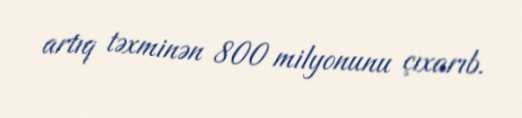
artıq təxminən 800 milyonunu çıxarıb.